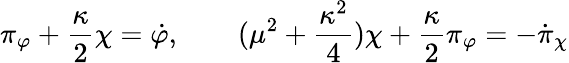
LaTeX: \pi_{\varphi}+{\frac{\kappa}{2}}\chi=\dot{\varphi},\qquad(\mu^{2}+{\frac{\kappa^{2}}{4}})\chi+{\frac{\kappa}{2}}\pi_{\varphi}=-\dot{\pi}_{\chi}